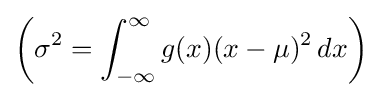
\left(\sigma ^{2}=\int _{-\infty }^{\infty }g(x)(x-\mu )^{2}\,dx\right)